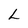
Character: L